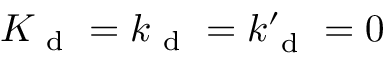
K _ { \mathrm { ~ d ~ } } = k _ { \mathrm { ~ d ~ } } = k _ { \mathrm { ~ d ~ } } ^ { \prime } = 0